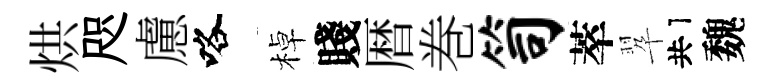
烘咫慮咯棹賤暦巻笥萃翆共魏